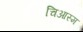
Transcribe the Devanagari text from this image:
चिआस्म